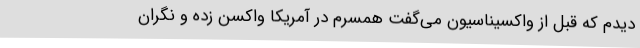
دیدم که قبل از واکسیناسیون می‌گفت همسرم در آمریکا واکسن زده و نگران